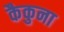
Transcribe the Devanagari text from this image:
कैकुना